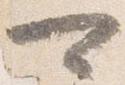
可